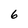
Character: 6